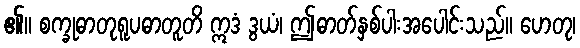
၏။ စက္ခုဓာတုရူပဓာတူတိ ဣဒံ ဒွယံ၊ ဤဓာတ်နှစ်ပါးအပေါင်းသည်။ ဟေတု၊